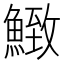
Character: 𩹈